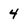
Character: 4